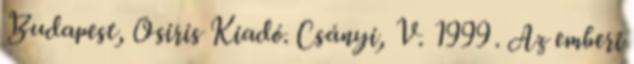
Budapest, Osiris Kiadó. Csányi, V. 1999 . Az emberi